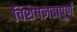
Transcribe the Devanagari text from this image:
विशेषज्ञतापूर्ण